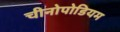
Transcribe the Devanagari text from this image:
चीनोपोडियम